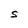
Character: S